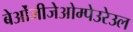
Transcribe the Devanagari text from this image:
बेओंजीजेओम्पेउरेउल